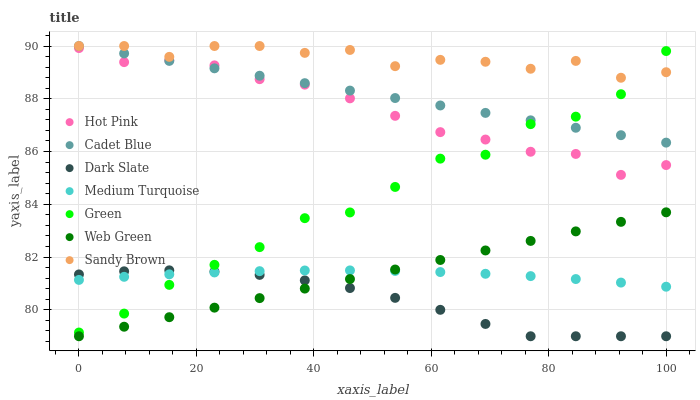
| xaxis_label | Hot Pink | Cadet Blue | Dark Slate | Medium Turquoise | Green | Web Green | Sandy Brown |
 | --- | --- | --- | --- | --- | --- | --- | --- |
 | 0 | 89.9 | 90 | 81.3 | 81.1 | 79.1 | 79 | 90 |
 | 7.69 | 89.4 | 89.7 | 81.5 | 81.3 | 79.9 | 79.4 | 90 |
 | 15.4 | 89.5 | 89.4 | 81.5 | 81.3 | 80.9 | 79.7 | 89.6 |
 | 23.1 | 89.3 | 89.2 | 81.5 | 81.4 | 81.7 | 80.1 | 90 |
 | 30.8 | 88.7 | 88.9 | 81.3 | 81.5 | 82.4 | 80.4 | 90 |
 | 38.5 | 88.5 | 88.6 | 81.1 | 81.5 | 83.5 | 80.8 | 89.7 |
 | 46.2 | 88 | 88.3 | 80.8 | 81.5 | 83.7 | 81.2 | 89.9 |
 | 53.8 | 87.4 | 88 | 80.5 | 81.5 | 84.7 | 81.5 | 89.2 |
 | 61.5 | 86.7 | 87.7 | 80 | 81.4 | 85.7 | 81.9 | 89.5 |
 | 69.2 | 86.5 | 87.5 | 79.5 | 81.4 | 85.9 | 82.3 | 89.4 |
 | 76.9 | 86 | 87.2 | 79 | 81.3 | 87 | 82.6 | 89.1 |
 | 84.6 | 85.9 | 86.9 | 79 | 81.2 | 87.3 | 83 | 89.4 |
 | 92.3 | 85.1 | 86.6 | 79 | 81 | 88.2 | 83.3 | 88.8 |
 | 100 | 85.5 | 86.3 | 79 | 80.9 | 89.8 | 83.7 | 89 |